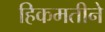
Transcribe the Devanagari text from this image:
हिकमतीने